Annual administration and progress report of the Indian Medical Department, Bombay
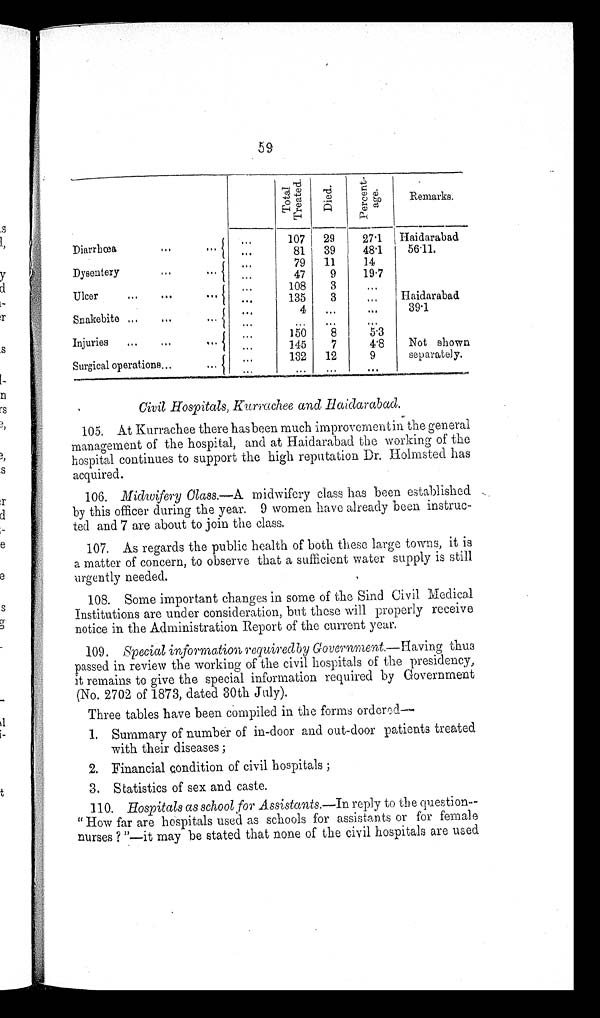
59
T o t a l T r e a t e d .
D i e d .
P e r c e n t - a g e .
Remarks.
Diarrhœa . . .
. . .
107
29
27.1
Haidarabad
. . .
81
39
48.1
56.11.
Dysentery . . .
. . .
79
11
14
. . .
47
9
19.7
Ulcer . . .
. . .
108
3
. . .
. . .
135
3
. . .
Haidarabad
Snakebite . . .
. . .
4
. . .
. . .
39.1
. . .
. . .
. . .
. . .
Injuries . . .
. . .
150
8
5.3
. . .
145
7
4.8
Not shown
separately.
Surgical operations . . .
. . .
132
12
9
. . .
. . .
. . .
. . .
Civil Hospitals, Kurrachee and Haidarabad.
105. At Kurrachee there has been much improvement in the general
management of the hospital, and at Haidarabad the working of the
hospital continues to support the high reputation Dr. Holmsted has
acquired.
106. Midwifery Class.— A midwifery class has been established
by this officer during the year. 9 women have already been instruc
-ted and 7 are about to join the class.
107. As regards the public health of both these large towns, it is
a matter of concern, to observe that a sufficient water supply is still
urgently needed.
108. Some important changes in some of the Sind Civil Medical
Institutions are under consideration, but these will properly receive
notice in the Administration Report of the current year.
109. Special information required by Government— Having thus
passed in review the working of the civil hospitals of the presidency,
it remains to give the special information required by Government
(No. 2702 of 1873, dated 30th July).
Three tables have been compiled in the forms ordered—
1. Summary of number of in-door and out-door patients treated
with their diseases ;
2. Financial condition of civil hospitals ;
3. Statistics of sex and caste.
110. Hospitals as school for Assistants.— In reply to the question
- " How far are hospitals used as schools for assistants or for female
nurses ? "—it may be stated that none of the civil hospitals are used